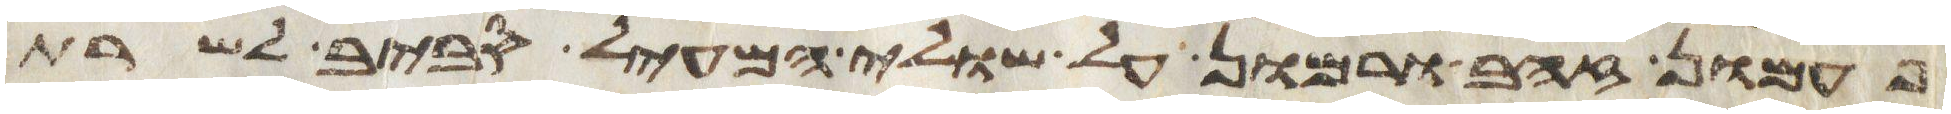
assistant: פעמון זהב ורמון על שולי המעיל סביב לשרת